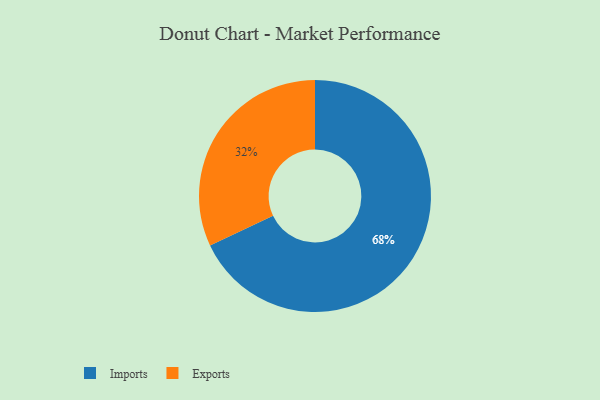
{"axis": {"x": "Category", "y": "Percentage"}, "legend": ["Exports", "Imports"], "data": [{"x": "Exports", "y": 32, "type": "Exports"}, {"x": "Imports", "y": 68, "type": "Imports"}]}